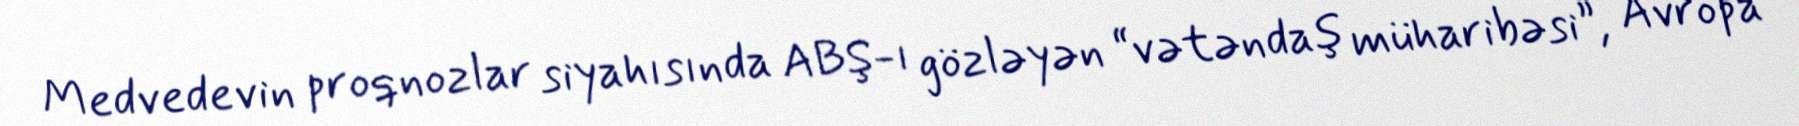
Medvedevin proqnozlar siyahısında ABŞ-ı gözləyən “vətəndaş müharibəsi”, Avropa